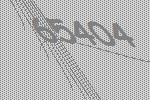
65404